Vabadussoja_Ajaloo_Komitee, lk 7
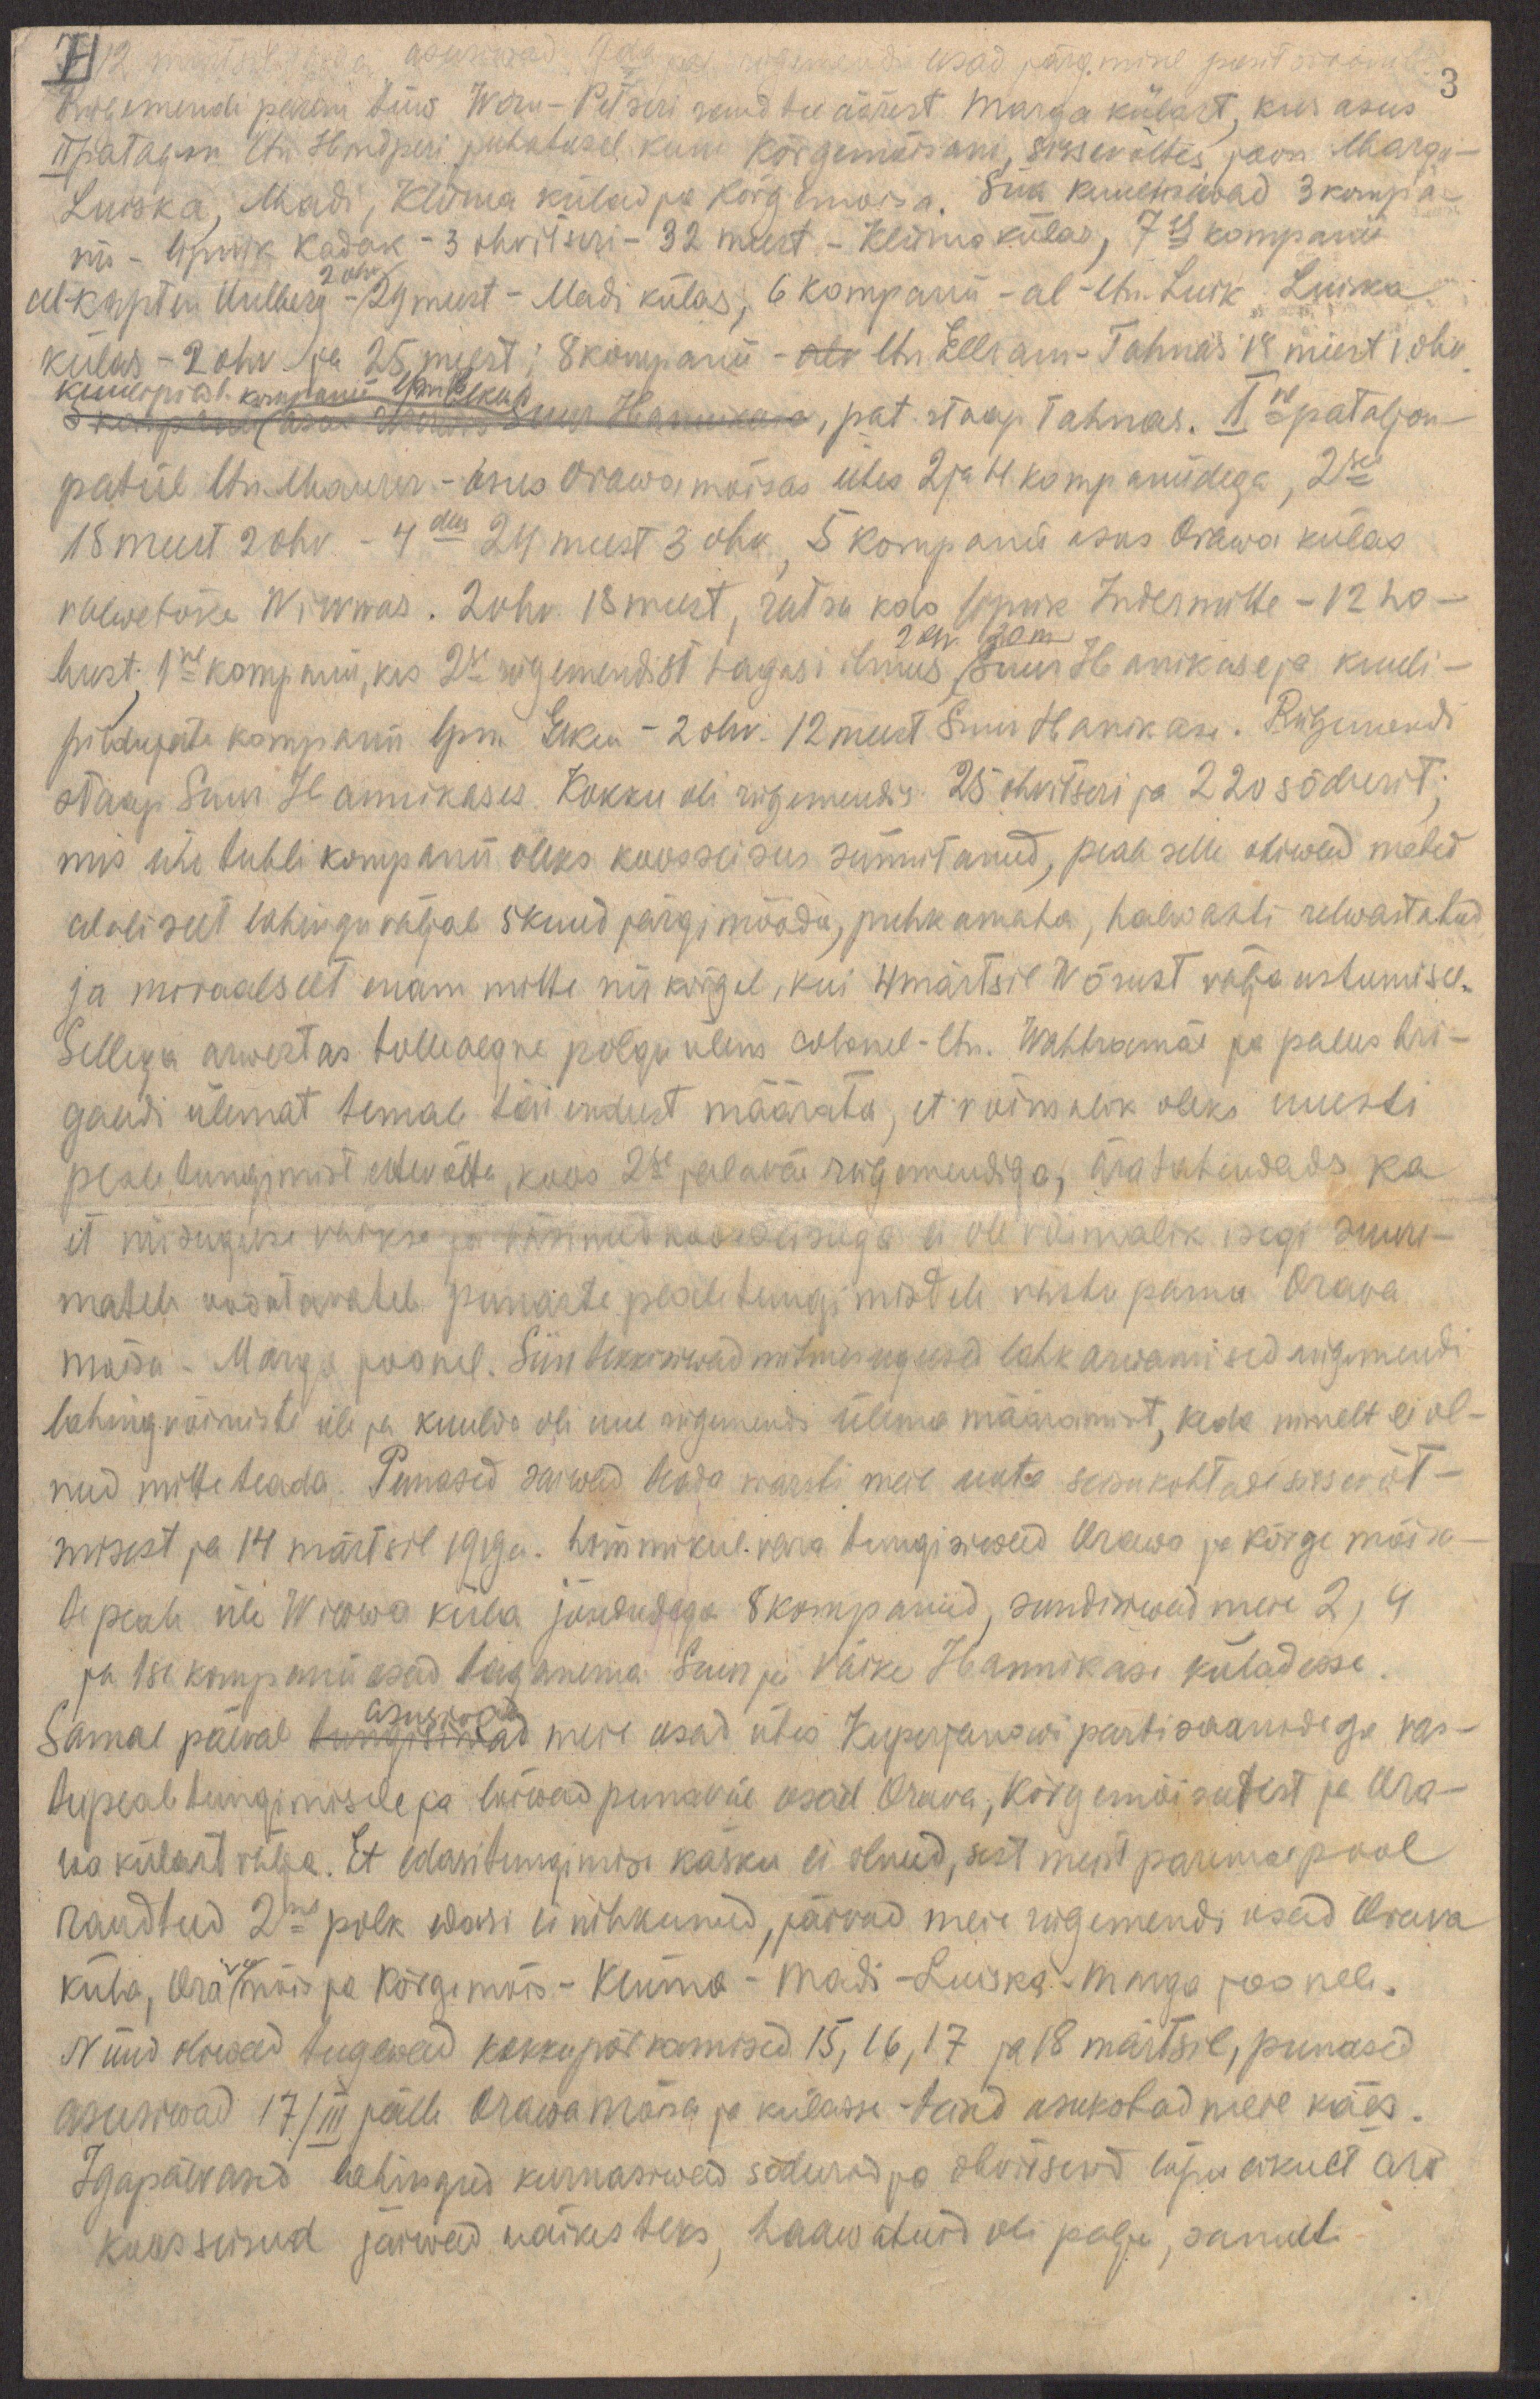
7)
3
Rügemendi parem tiiw Wõru-Petseri raudtee äärest Marga külast, kus asus
II pataljon ltn. Hindperi juhatusel kuni Kõrgemõisani, sissevõttes joon Marga -
Luiska, Madi, Kliima külad ja Kõrgemoisa. Siia kuulusiwad 3 kompa-
nii - lipnik Kadak - 3 ohvitseri - 32 meest - Kliima külas, 7es kompanii
al-kapten Uulberg - 29 meest - Madi külas, 6 kompanii - al ltn. Luik Luiska
2 ohv.
külas - 2 ohv. ja 25 meest; 8 kompanii - alr ltn 1/5 Ellram-Tahnas 18 meest 1.ohv.
kuulipild 1. kompanii lpn Elken
5 kompanii asus reserwis Suur Hannikases, pat. staap. Tahnas. Ine pataljon
patül ltn Maurer asus Orawa mõisas ühes 2 ja 4 kompaniidega, 2ses
18 meest 2 ohv. - 4das 24 meest 3 ohv., 5 kompanii asus Orawa külas
valwetõke Wiwwas. 2 ohv. 18 meest, ratsa kolo lipnik Indermitte - 12 ho-
bust; 1ne kompanii, kes 2se rügemendist tagasi ilmus, Suur Hanikase ja kuuli-
2 ohv. 20 m
pildujate kompanii lpn. Elken - 2 ohv. 12 meest Suur Hanikase. Rügemendi
staap  Suur Hannikases. Kokku oli rügemendis 25 ohvitseri ja 220 sõdurit;
mis ühe tubli kompanii oleks koosseisus sünnitanud, peale selle oliwad mehed
alaliselt lahinguväljal 5 kuud järgimööda, puhkamata, halwasti relwastatud
ja moraalselt enam mitte nii kõrgel, kui 4 märtsil Wõrust välja astumisel.
Sellega arwestas tolleaegne polgu ülem colonel-ltn. Wahtramäe ja palus bri-
gaadi ülemat temale täiendust määrata, et võimalik oleks uuesti
pealetungimist ettevõtta, koos 2se jalaväe rügemendiga, äratahendades ka
et niisuguse väikse ja väsinud koosseisuga ei ole võimalik isegi suure-
matele oodatavatel punaste pealetungimisdele vastu panna Orava
mõisa - Marga joonel. Siin tekkisiwad mitmesugused lahkarwamised rügemendi
lahingvõimiste üle ja kuulda oli uue rügemendi ülema määramist, keda nimelt ei ol-
nud mitte teada. Punased saiwad teada warsti meie uute seisukohtade sissewõt-
misest ja 14 märtsil 1919a. hommikul vara tungisiwad Orawa ja Rõuge mõisa-
te peale üle Wiwwa küla jõududega 8 kompaniid, sundisiwad meie 2, 4
ja 1se kompanii osad taganema Suur ja väike Hannikase küladesse.
Samal päeval tungisiwad meie osad ühes Kuperjanowi partisaanidega vas-
asusivad
tupealetungimisele ja terwed punaväe osad Orava, Kõrgemõisatest ja Ora-
va külast välja. Et edasitungimise käsku ei olnud, sest meist paremal pool
raudteed 2ne polk edasi ei nihkunud, jäivad meie rügemendi osad Orava
küla, Oravamõisa ja Kõrgemõis - Kliima - Madi - Luiska - Marga joonele.
Nüüs oliwad tugevad kokkupõrkamised 15, 16, 17, ja 18 märtsil, punased
asusiwad 17/III jälle Orawa mõisa ja külasse - teised asukohad meie käes.
Igapäevased lahingud kurnasiwad sõdurid ja ohviserid lõpulikult ära
koosseisud jäivad väikesteks, haawatuid oli palju, samuti